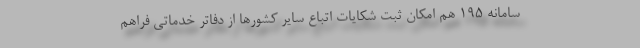
سامانه ۱۹۵ هم امکان ثبت شکایات اتباع سایر کشورها از دفاتر خدماتی فراهم